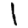
Digit: 1